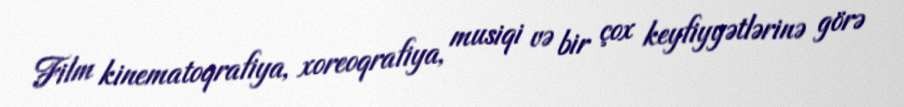
Film kinematoqrafiya, xoreoqrafiya, musiqi və bir çox keyfiyyətlərinə görə